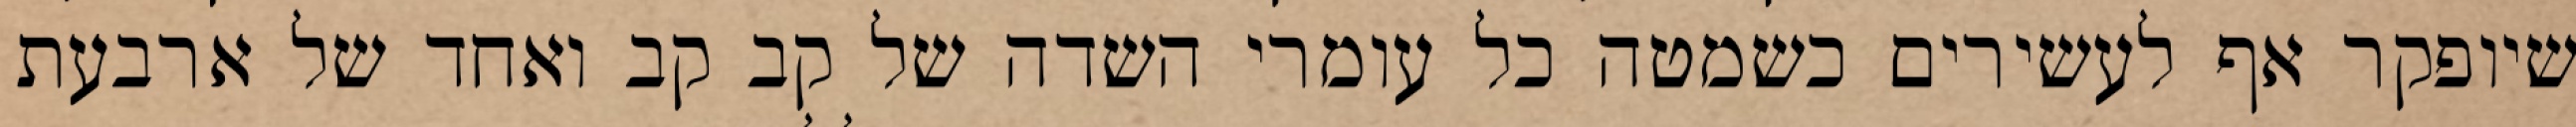
שיופקר אף לעשירים כשמטה כל עומרי השדה של קב קב ואחד של ארבעת